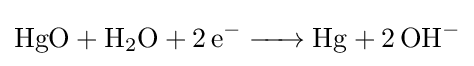
{\ce {HgO + H2O + 2e- -> Hg + 2OH-}}